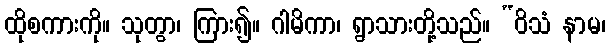
ထိုစကားကို။ သုတွာ၊ ကြား၍။ ဂါမိကာ၊ ရွာသားတို့သည်။ “ဝိသံ နာမ၊